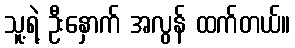
သူ့ရဲ့ ဦးနှောက် အလွန် ထက်တယ်။